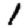
Digit: 1